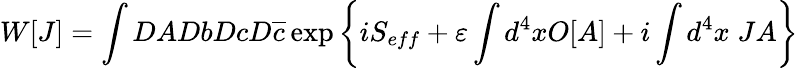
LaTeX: W[J]=\int DADbDcD\overline{{{c}}}\exp\left\{ iS_{eff}+\varepsilon\int d^{4}xO[A]+i\int d^{4}x\; JA\right\}